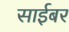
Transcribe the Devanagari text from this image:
साईबर